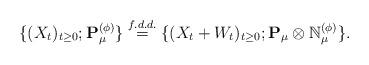
LaTeX: \begin{align*} \{(X_t)_{t\geq 0}; \mathbf P_\mu^{(\phi)}\} \overset{f.d.d.}{=} \{(X_t + W_t)_{t\geq 0}; \mathbf P_\mu \otimes \mathbb N^{(\phi)}_\mu\}. \end{align*}